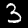
Label: 3